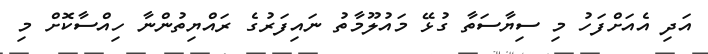
އަދި އެއަށްފަހު މި ސިޔާސަތާ ގުޅޭ މައުލޫމާތު ނައިފަރުގެ ރައްޔިތުންނާ ހިއްސާކޮށް މި